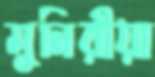
মুনিরীয়া